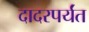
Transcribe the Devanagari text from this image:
दादरपर्यंत